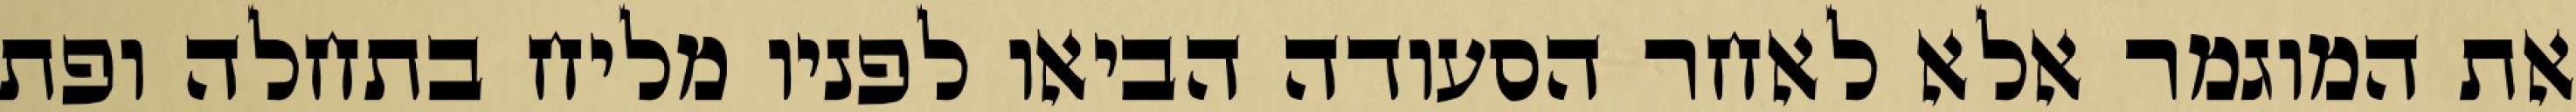
את המוגמר אלא לאחר הסעודה הביאו לפניו מליח בתחלה ופת